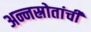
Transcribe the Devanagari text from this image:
अन्नस्रोतांची